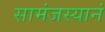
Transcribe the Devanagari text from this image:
सामंजस्यानं